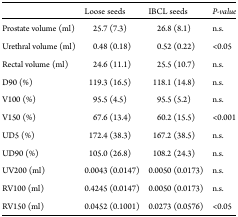
<table><thead><tr><td></td><td><b>Loose seeds</b></td><td><b>IBCL seeds</b></td><td><b><i>P-value</i></b></td></tr></thead><tbody><tr><td>Prostate volume (ml)</td><td>25.7 (7.3)</td><td>26.8 (8.1)</td><td>n.s.</td></tr><tr><td>Urethral volume (ml)</td><td>0.48 (0.18)</td><td>0.52 (0.22)</td><td>&lt;0.05</td></tr><tr><td>Rectal volume (ml)</td><td>24.6 (11.1)</td><td>25.5 (10.7)</td><td>n.s.</td></tr><tr><td>D90 (%)</td><td>119.3 (16.5)</td><td>118.1 (14.8)</td><td>n.s.</td></tr><tr><td>V100 (%)</td><td>95.5 (4.5)</td><td>95.5 (5.2)</td><td>n.s.</td></tr><tr><td>V150 (%)</td><td>67.6 (13.4)</td><td>60.2 (15.5)</td><td>&lt;0.001</td></tr><tr><td>UD5 (%)</td><td>172.4 (38.3)</td><td>167.2 (38.5)</td><td>n.s.</td></tr><tr><td>UD90 (%)</td><td>105.0 (26.8)</td><td>108.2 (24.3)</td><td>n.s.</td></tr><tr><td>UV200 (ml)</td><td>0.0043 (0.0147)</td><td>0.0050 (0.0173)</td><td>n.s.</td></tr><tr><td>RV100 (ml)</td><td>0.4245 (0.0147)</td><td>0.0050 (0.0173)</td><td>n.s.</td></tr><tr><td>RV150 (ml)</td><td>0.0452 (0.1001)</td><td>0.0273 (0.0576)</td><td>&lt;0.05</td></tr></tbody></table>